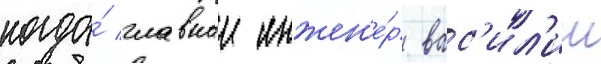
когда́ главныи инжен'е́р вас'ил'ии